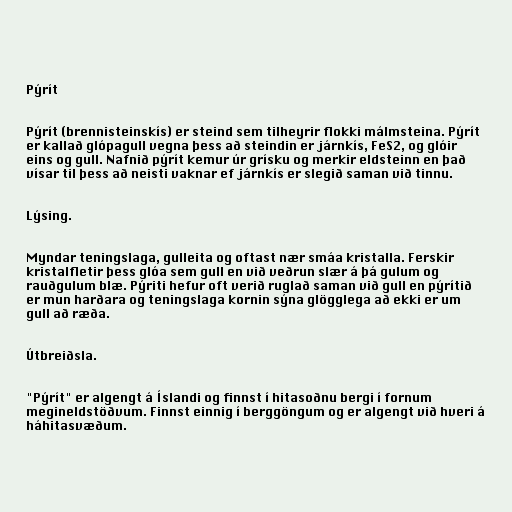
Pýrít

Pýrít (brennisteinskís) er steind sem tilheyrir flokki málmsteina. Pýrít
er kallað glópagull vegna þess að steindin er járnkís, FeS2, og glóir
eins og gull. Nafnið pýrít kemur úr grísku og merkir eldsteinn en það
vísar til þess að neisti vaknar ef járnkís er slegið saman við tinnu.

Lýsing.

Myndar teningslaga, gulleita og oftast nær smáa kristalla. Ferskir
kristalfletir þess glóa sem gull en við veðrun slær á þá gulum og
rauðgulum blæ. Pýriti hefur oft verið ruglað saman við gull en pýrítið
er mun harðara og teningslaga kornin sýna glögglega að ekki er um
gull að ræða.

Útbreiðsla.

"Pýrít" er algengt á Íslandi og finnst í hitasoðnu bergi í fornum
megineldstöðvum. Finnst einnig í berggöngum og er algengt við hveri á
háhitasvæðum.